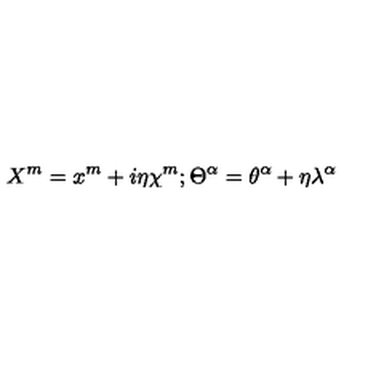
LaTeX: X ^ { m } = x ^ { m } + i \eta \chi ^ { m } ; \Theta ^ { \alpha } = \theta ^ { \alpha } + \eta \lambda ^ { \alpha }